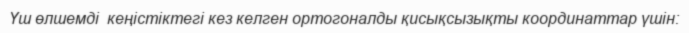
Үш өлшемді  кеңістіктегі кез келген ортогоналды қисықсызықты координаттар үшін: